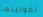
تقولينها